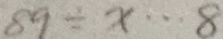
8 9 \div x \cdots 8